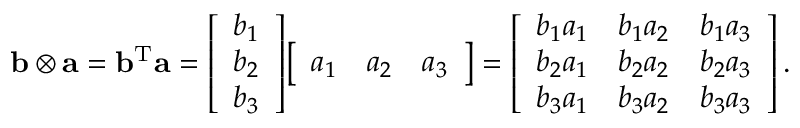
\mathbf { b } \otimes \mathbf { a } = \mathbf { b } ^ { \mathrm { T } } \mathbf { a } = { \left[ \begin{array} { l } { b _ { 1 } } \\ { b _ { 2 } } \\ { b _ { 3 } } \end{array} \right] } { \left[ \begin{array} { l l l } { a _ { 1 } } & { a _ { 2 } } & { a _ { 3 } } \end{array} \right] } = { \left[ \begin{array} { l l l } { b _ { 1 } a _ { 1 } } & { b _ { 1 } a _ { 2 } } & { b _ { 1 } a _ { 3 } } \\ { b _ { 2 } a _ { 1 } } & { b _ { 2 } a _ { 2 } } & { b _ { 2 } a _ { 3 } } \\ { b _ { 3 } a _ { 1 } } & { b _ { 3 } a _ { 2 } } & { b _ { 3 } a _ { 3 } } \end{array} \right] } \, .